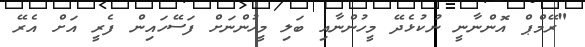
"ރޭމްޕް އޮންނާނީ ނުކުޅެދޭ މީހުންނާއި ބަލި މީހުންނަށް ފަސޭހައިން ފެރީ އަށް އެރޭ